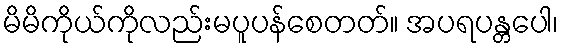
မိမိကိုယ်ကိုလည်းမပူပန်စေတတ်။ အပရပန္တပေါ၊